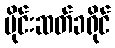
မိုင်းဆတ်ခရိုင်